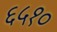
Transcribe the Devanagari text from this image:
६५१०